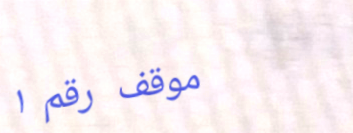
موقف رقم ١